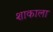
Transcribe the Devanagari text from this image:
शाकाला